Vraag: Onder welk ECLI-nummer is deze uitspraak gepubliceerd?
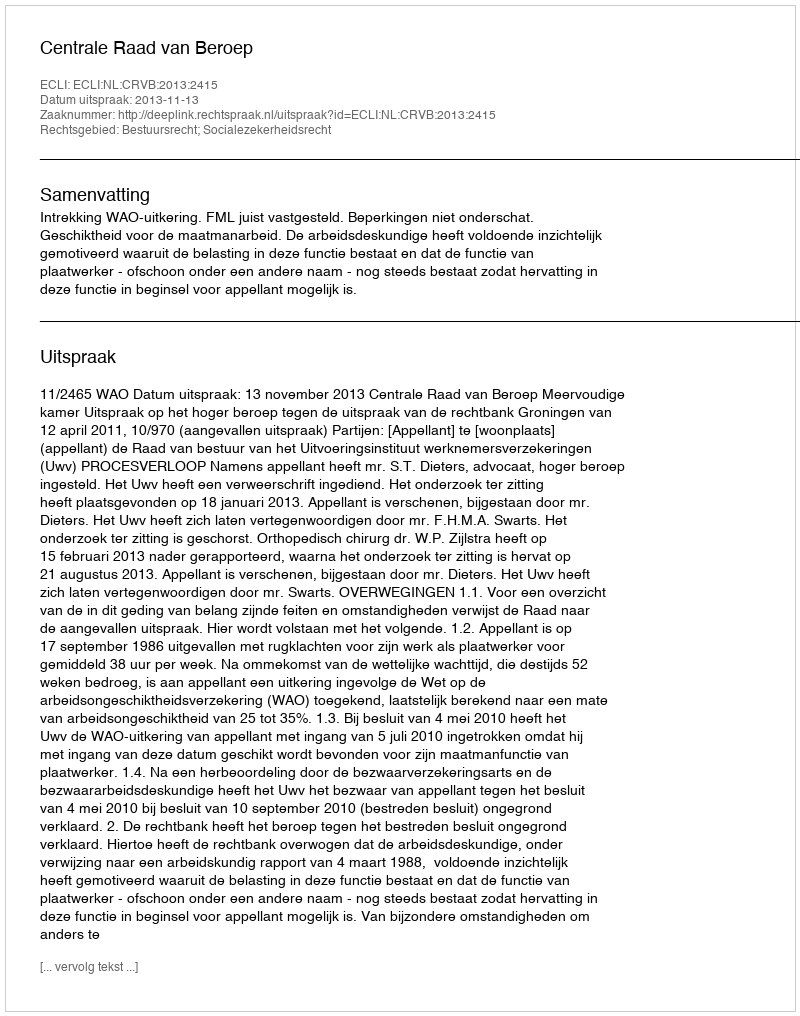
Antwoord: ECLI:NL:CRVB:2013:2415